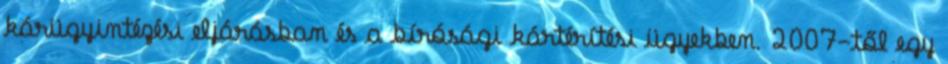
kárügyintézési eljárásban és a bírósági kártérítési ügyekben. 2007-től egy